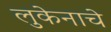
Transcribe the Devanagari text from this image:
लुकेनाचे